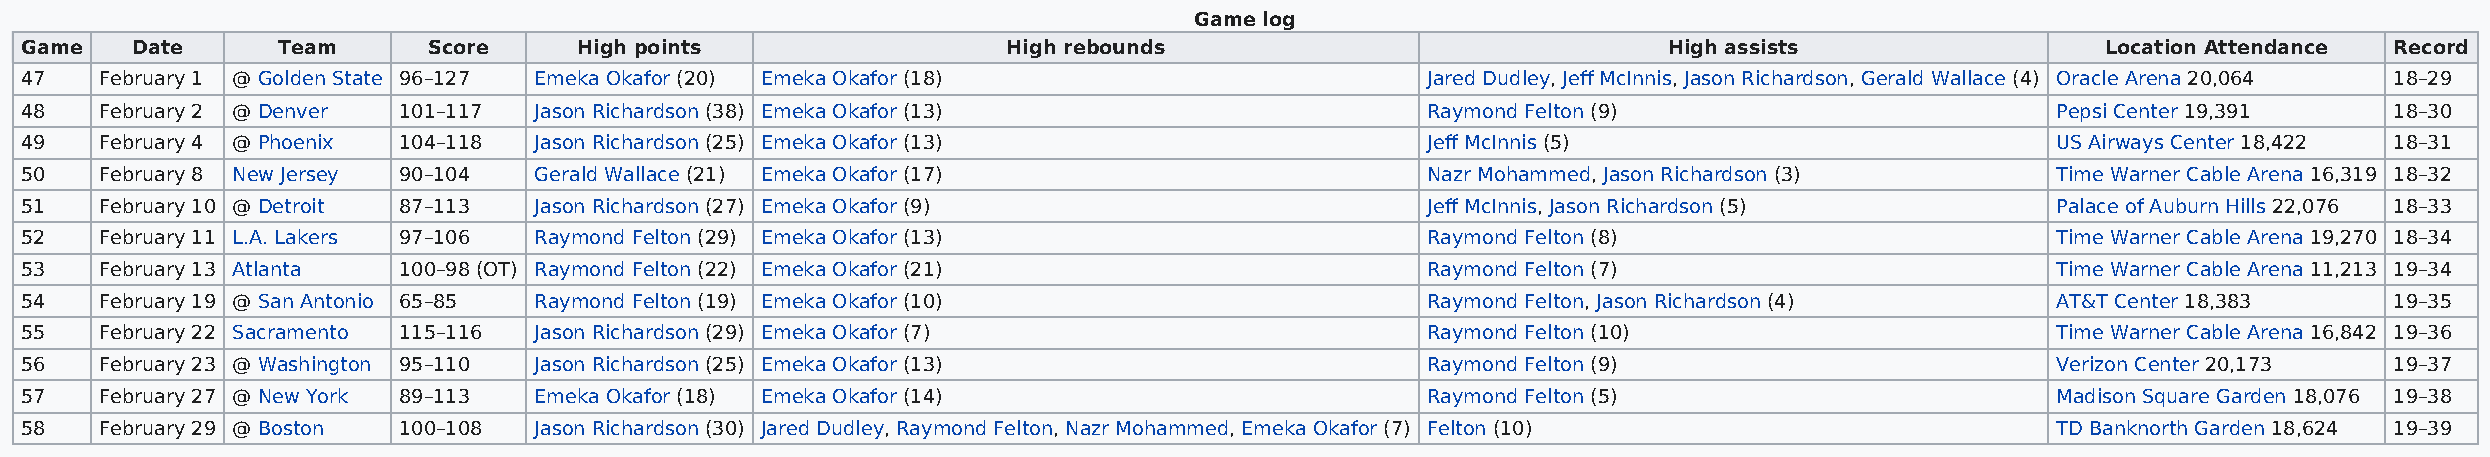
Game log
 Game    Date     Team      Score     High points                  High rebounds                              High assists                 Location Attendance Record
 47    February 1 @ Golden State 96–127 Emeka Okafor (20) Emeka Okafor (18)                   Jared Dudley, Jeff McInnis, Jason Richardson, Gerald Wallace (4) Oracle Arena 20,064 18–29
 48    February 2 @ Denver 101–117 Jason Richardson (38) Emeka Okafor (13)                    Raymond Felton (9)                        Pepsi Center 19,391   18–30
 49    February 4 @ Phoenix 104–118 Jason Richardson (25) Emeka Okafor (13)                   Jeff McInnis (5)                          US Airways Center 18,422 18–31
 50    February 8 New Jersey 90–104 Gerald Wallace (21) Emeka Okafor (17)                     Nazr Mohammed, Jason Richardson (3)       Time Warner Cable Arena 16,319 18–32
 51    February 10 @ Detroit 87–113 Jason Richardson (27) Emeka Okafor (9)                    Jeff McInnis, Jason Richardson (5)        Palace of Auburn Hills 22,076 18–33
 52    February 11 L.A. Lakers 97–106 Raymond Felton (29) Emeka Okafor (13)                   Raymond Felton (8)                        Time Warner Cable Arena 19,270 18–34
 53    February 13 Atlanta 100–98 (OT) Raymond Felton (22) Emeka Okafor (21)                  Raymond Felton (7)                        Time Warner Cable Arena 11,213 19–34
 54    February 19 @ San Antonio 65–85 Raymond Felton (19) Emeka Okafor (10)                  Raymond Felton, Jason Richardson (4)      AT&T Center 18,383    19–35
 55    February 22 Sacramento 115–116 Jason Richardson (29) Emeka Okafor (7)                  Raymond Felton (10)                       Time Warner Cable Arena 16,842 19–36
 56    February 23 @ Washington 95–110 Jason Richardson (25) Emeka Okafor (13)                Raymond Felton (9)                        Verizon Center 20,173 19–37
 57    February 27 @ New York 89–113 Emeka Okafor (18) Emeka Okafor (14)                      Raymond Felton (5)                        Madison Square Garden 18,076 19–38
 58    February 29 @ Boston 100–108 Jason Richardson (30) Jared Dudley, Raymond Felton, Nazr Mohammed, Emeka Okafor (7) Felton (10)     TD Banknorth Garden 18,624 19–39